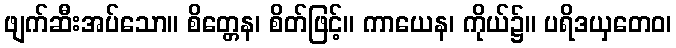
ဖျက်ဆီးအပ်သော။ စိတ္တေန၊ စိတ်ဖြင့်။ ကာယေန၊ ကိုယ်၌။ ပရိဒယှတေဝ၊